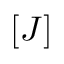
[ J ]